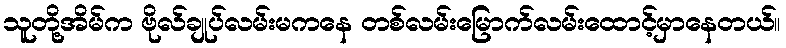
သူတို့အိမ်က ဗိုလ်ချုပ်လမ်းမကနေ တစ်လမ်းမြောက်လမ်းထောင့်မှာနေတယ်။